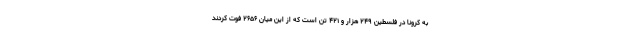
به کرونا در فلسطین ۲۴۹ هزار و ۴۲۱ تن است که از این میان ۲۶۵۶ فوت کردند